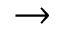
\rightarrow